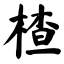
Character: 楂